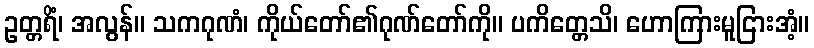
ဥတ္တရိံ၊ အလွန်။ သကဂုဏံ၊ ကိုယ်တော်၏ဂုဏ်တော်ကို။ ပကိတ္တေသိ၊ ဟောကြားမူငြားအံ့။